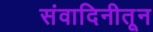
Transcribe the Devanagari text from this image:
संवादिनीतून